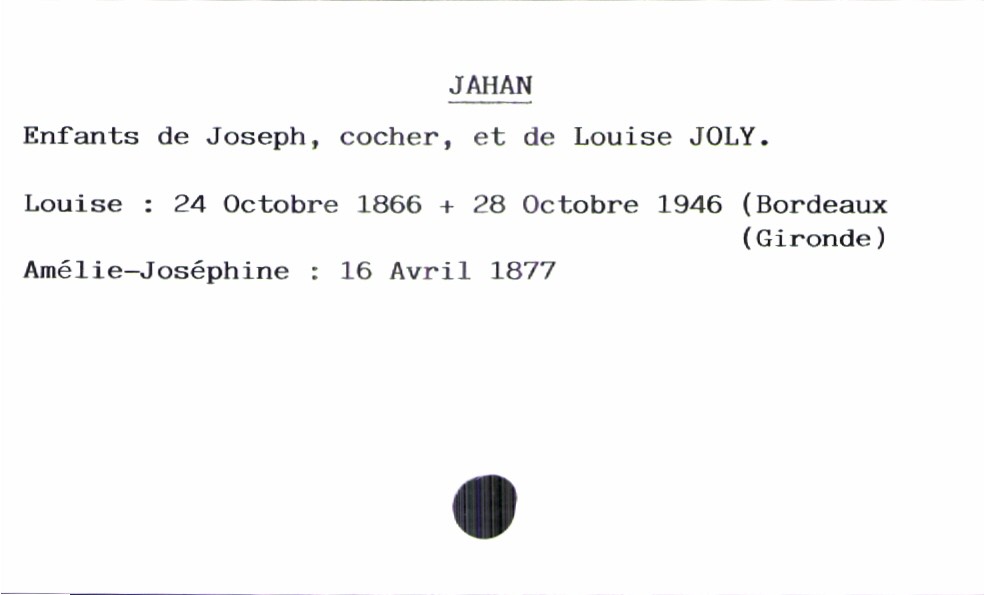
type_acte: Baptême
filiation: fille
enfant_prénom: Amélie-Joséphine
enfant_date_de_naissance: 16 avril 1877
enfant_date_de_décès: 28 octobre 1946
enfant_lieu_de_décès: Bordeaux (Gironde)
père_enfant_nom: Jahan
père_enfant_prénom: Joseph
père_enfant_profession: cocher
mère_enfant_nom: Joly
mère_enfant_prénom: Louise